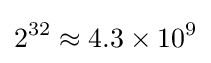
2^{32}\approx 4.3\times 10^{9}